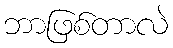
ဘာဖြစ်တာလဲ